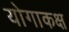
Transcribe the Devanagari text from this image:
योगाकक्ष